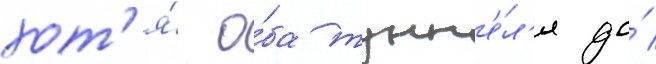
хот'я́ о́ба тунн'е́л'я до́